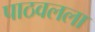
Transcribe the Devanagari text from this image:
पाठवलला